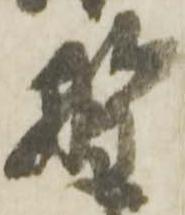
野